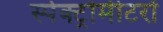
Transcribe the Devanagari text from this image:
स्पेक्ट्रोमीटरों